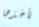
تأخذها